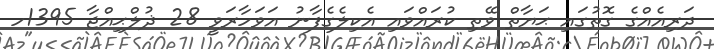
ދަރިއެއްގެ ގޮތުގައި ޙަޔާތް ވޭތި ކުރައްވައި އެކިލެގެފާނު އަވަހާރަވީ 28 ޛުލްޙިއްޖާ 1395ހ